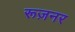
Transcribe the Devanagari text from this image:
रूज़नर